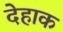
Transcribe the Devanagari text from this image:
देहाक